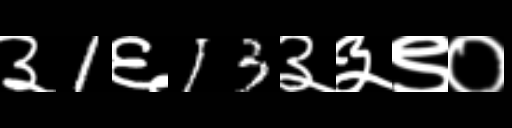
Text: ३1६13३३९०